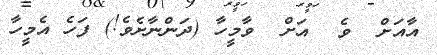
އާއަށް  ވެ  އަށް  ވާމީހާ (ދަންނާށެވެ!) ފަހެ އެމީހާ